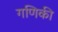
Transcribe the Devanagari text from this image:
गणिकी